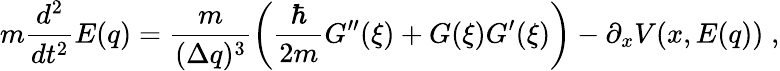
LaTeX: m\frac{d^{2}}{dt^{2}}E(q)=\frac{m}{{(\Delta q)^{3}}}\left(\frac{\hbar}{2m}G^{\prime\prime}(\xi)+G(\xi)G^{\prime}(\xi)\right)-\partial_{x}V(x,E(q))\; ,